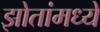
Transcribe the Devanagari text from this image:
झोतांमध्ये